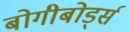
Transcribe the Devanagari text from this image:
बोगीबोर्ड्स